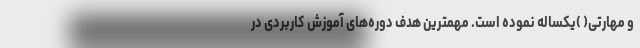
و مهارتی( )یکساله نموده است. مهمترین هدف دوره‌های آموزش کاربردی در